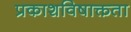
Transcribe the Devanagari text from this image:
प्रकाशविषाक्तता